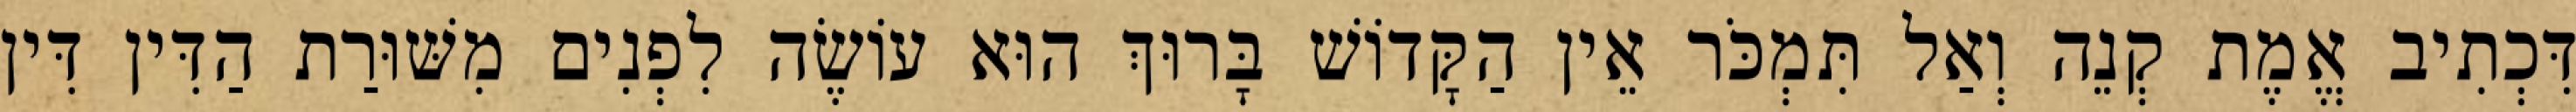
דִּכְתִיב אֱמֶת קְנֵה וְאַל תִּמְכֹּר אֵין הַקָּדוֹשׁ בָּרוּךְ הוּא עוֹשֶׂה לִפְנִים מִשּׁוּרַת הַדִּין דִּין